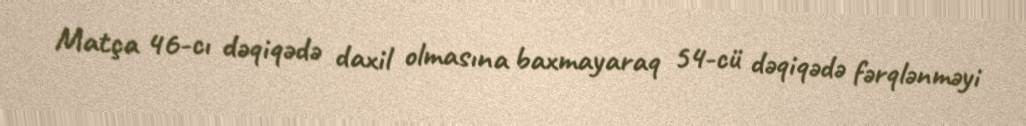
Matça 46-cı dəqiqədə daxil olmasına baxmayaraq 54-cü dəqiqədə fərqlənməyi